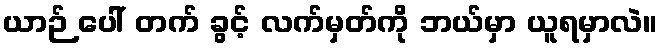
ယာဉ် ပေါ် တက် ခွင့် လက်မှတ်ကို ဘယ်မှာ ယူရမှာလဲ။